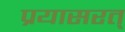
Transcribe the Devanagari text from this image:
प्रयासरत्